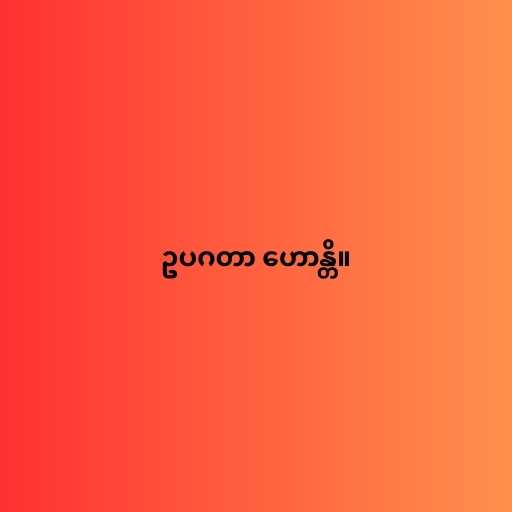
ဥပဂတာ ဟောန္တိ။